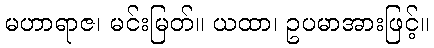
မဟာရာဇ၊ မင်းမြတ်။ ယထာ၊ ဥပမာအားဖြင့်။